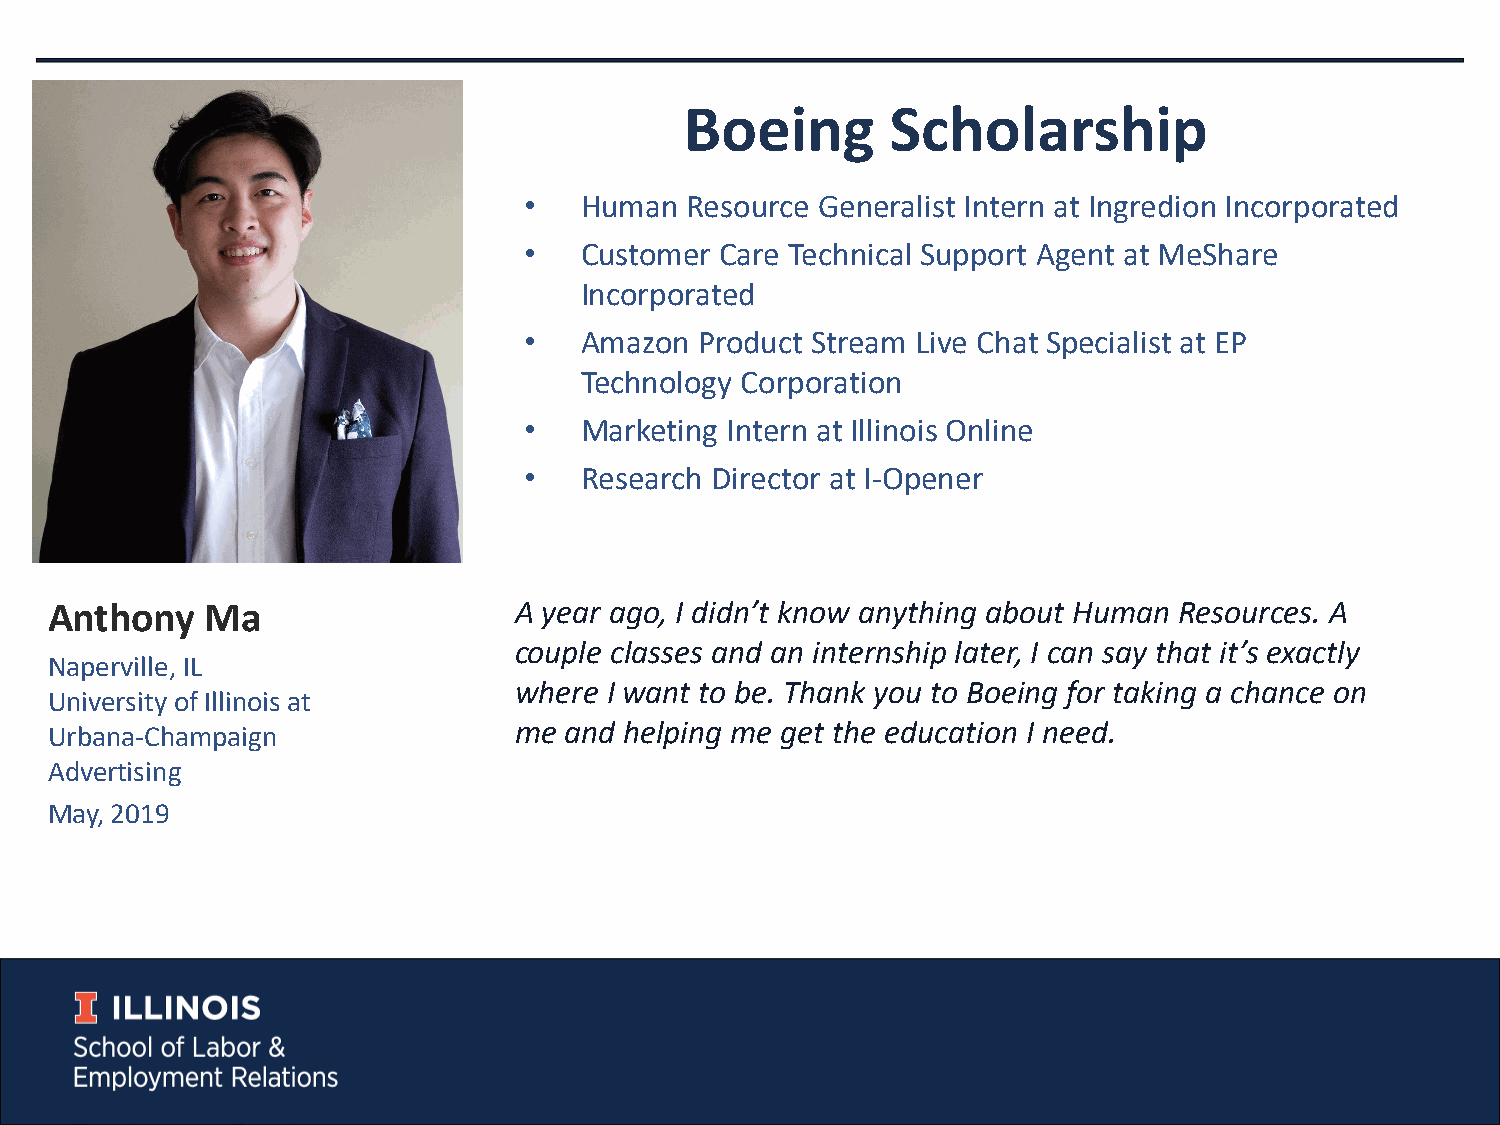
Boeing        Scholarship
 •  Human  Resource Generalist Intern at Ingredion Incorporated
 •  Customer  Care Technical Support Agent at MeShare
 Incorporated
 •  Amazon  Product Stream Live Chat Specialist at EP
 Technology Corporation
 •  Marketing Intern at Illinois Online
 •  Research Director at I-Opener
 Anthony    Ma                  A year ago, I didn’t know anything about Human Resources. A
 couple classes and an internship later, I can say that it’s exactly
 Naperville, IL
 where I want to be. Thank you to Boeing for taking a chance on
 University of Illinois at
 me and helping me get the education I need.
 Urbana-Champaign
 Advertising
 May, 2019